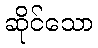
ဆိုင်သော